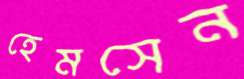
হেমসেন